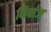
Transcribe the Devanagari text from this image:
निर्वाज